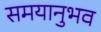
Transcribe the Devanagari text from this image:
समयानुभव